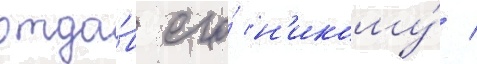
отда́в его́ н'икому́ /